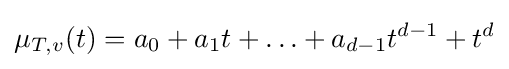
\mu _{T,v}(t)=a_{0}+a_{1}t+\ldots +a_{d-1}t^{d-1}+t^{d}